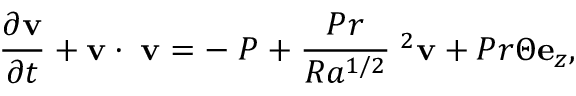
\frac { \partial \mathbf { v } } { \partial t } + \mathbf { v } \cdot \mathbf { \nabla \mathbf { v } } = - \mathbf { \nabla } P + \frac { P r } { R a ^ { 1 / 2 } } \mathbf { \nabla } ^ { 2 } \mathbf { v } + P r \Theta \mathbf { e } _ { z } ,